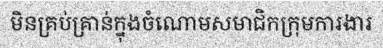
មិនគ្រប់គ្រាន់ក្នុងចំណោមសមាជិកក្រុមការងារ